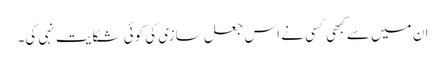
ان میں سے کبھی کسی نے اس جعل سازی کی کوئی شکایت نہی کی۔